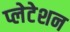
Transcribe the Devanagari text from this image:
प्लेटेशन